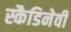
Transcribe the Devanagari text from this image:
स्कैडिनेवी